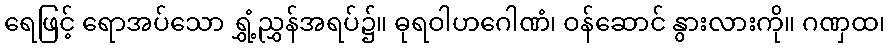
ရေဖြင့် ရောအပ်သော ရွှံ့ညွှန်အရပ်၌။ ဓုရဝါဟဂေါဏံ၊ ဝန်ဆောင် နွားလားကို။ ဂဏှထ၊